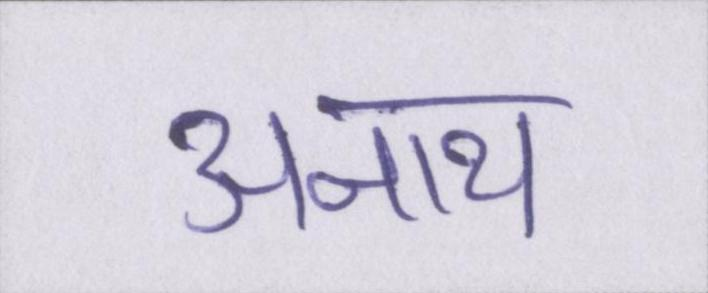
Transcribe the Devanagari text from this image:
अनाथ